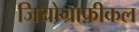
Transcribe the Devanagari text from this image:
जियोग्राफ़ीकल